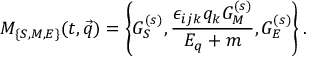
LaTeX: M _ { \{ S , M , E \} } ( t , \vec { q } ) = \left\{ G _ { S } ^ { ( s ) } , \frac { \epsilon _ { i j k } q _ { k } G _ { M } ^ { ( s ) } } { E _ { q } + m } , G _ { E } ^ { ( s ) } \right\} .